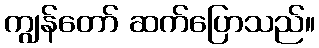
ကျွန်တော် ဆက်ပြောသည်။